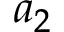
a _ { 2 }